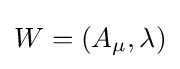
W=(A_{\mu },\lambda )